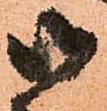
御